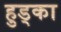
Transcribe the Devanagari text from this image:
हुड्का